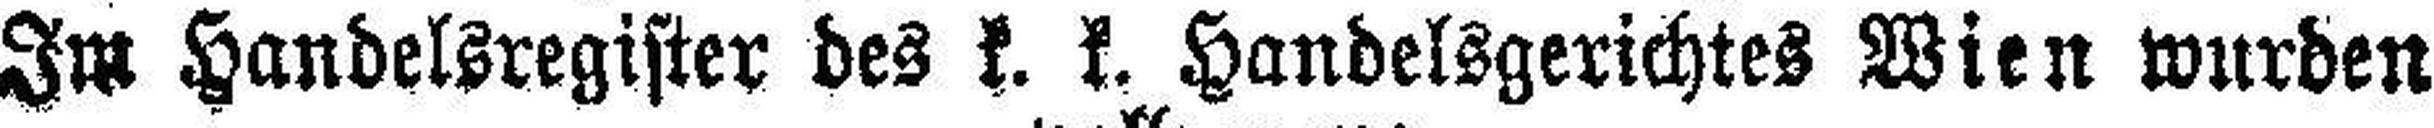
Im Handelsregister des k. k. Handelsgerichtes Wien wurden